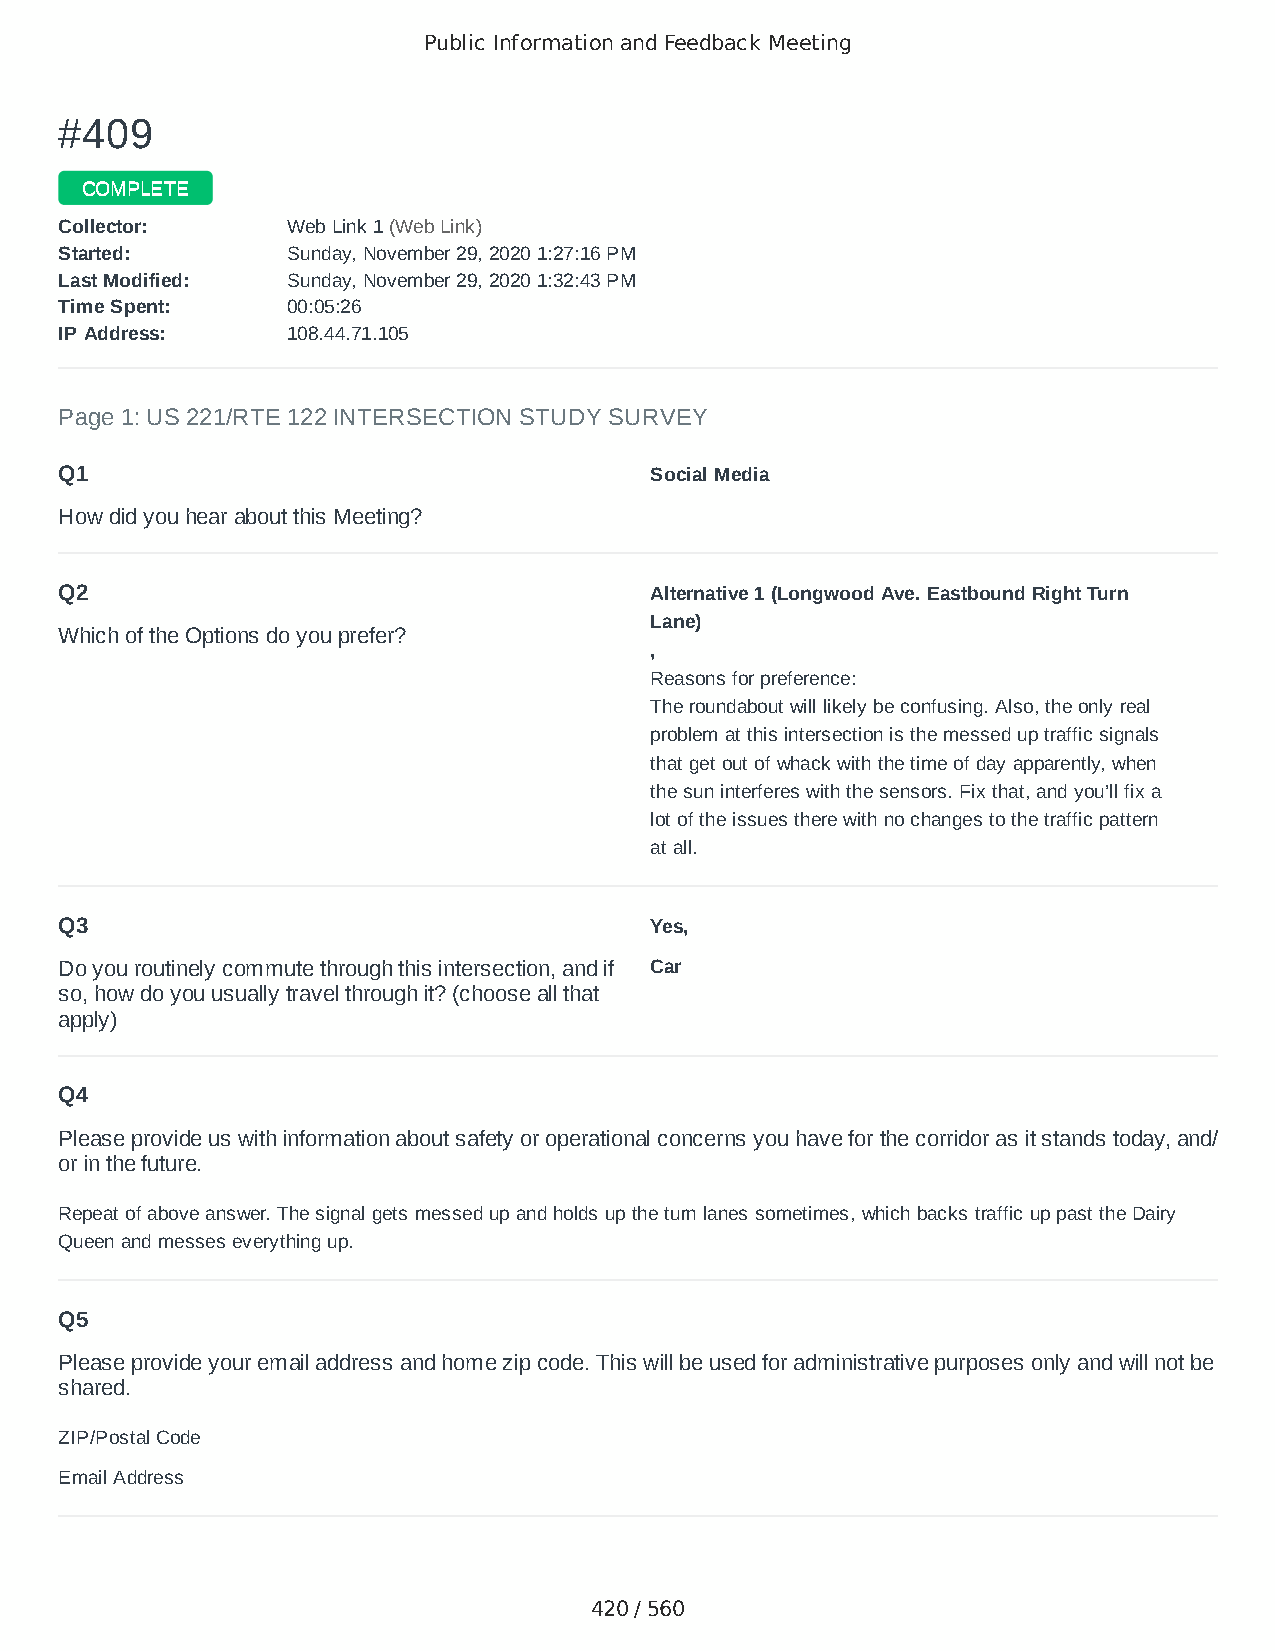
Public Information and Feedback Meeting
 ##440099
 CCOOMMPPLLEETTEE
 CCoolllleeccttoorr:: WWeebb LLiinnkk 11 ((WWeebb LLiinnkk))
 SSttaarrtteedd:: SSuunnddaayy,, NNoovveemmbbeerr 2299,, 22002200 11::2277::1166 PPMM
 LLaasstt MMooddiiffiieedd:: SSuunnddaayy,, NNoovveemmbbeerr 2299,, 22002200 11::3322::4433 PPMM
 TTiimmee SSppeenntt:: 0000::0055::2266
 IIPP AAddddrreessss:: 110088..4444..7711..110055
 Page 1: US 221/RTE 122 INTERSECTION STUDY SURVEY
 Q1                                     Social Media
 How did you hear about this Meeting?
 Q2                                     Alternative 1 (Longwood Ave. Eastbound Right Turn
 Lane)
 Which of the Options do you prefer?
 ,
 Reasons for preference:
 The roundabout will likely be confusing. Also, the only real
 problem at this intersection is the messed up traffic signals
 that get out of whack with the time of day apparently, when
 the sun interferes with the sensors. Fix that, and you’ll fix a
 lot of the issues there with no changes to the traffic pattern
 at all.
 Q3                                     Yes,
 Do you routinely commute through this intersection, and if Car
 so, how do you usually travel through it? (choose all that
 apply)
 Q4
 Please provide us with information about safety or operational concerns you have for the corridor as it stands today, and/
 or in the future.
 Repeat of above answer. The signal gets messed up and holds up the turn lanes sometimes, which backs traffic up past the Dairy
 Queen and messes everything up.
 Q5
 Please provide your email address and home zip code. This will be used for administrative purposes only and will not be
 shared.
 ZIP/Postal Code                        24523
 Email Address                          jennyshutt1@verizon.net
 420 / 560